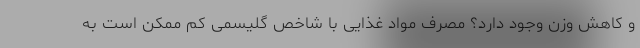
و کاهش وزن وجود دارد؟ مصرف مواد غذایی با شاخص گلیسمی کم ممکن است به